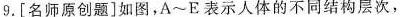
9.[名师原创题]如图，A~E表示人体的不同结构层次，